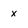
Character: x